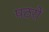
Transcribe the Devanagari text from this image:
पठरों